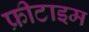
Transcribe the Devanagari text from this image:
फ्रीटाइम